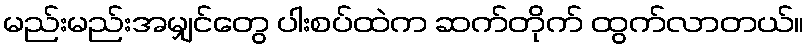
မည်းမည်းအမျှင်တွေ ပါးစပ်ထဲက ဆက်တိုက် ထွက်လာတယ်။